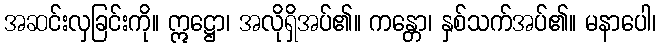
အဆင်းလှခြင်းကို။ ဣဋ္ဌော၊ အလိုရှိအပ်၏။ ကန္တော၊ နှစ်သက်အပ်၏။ မနာပေါ၊